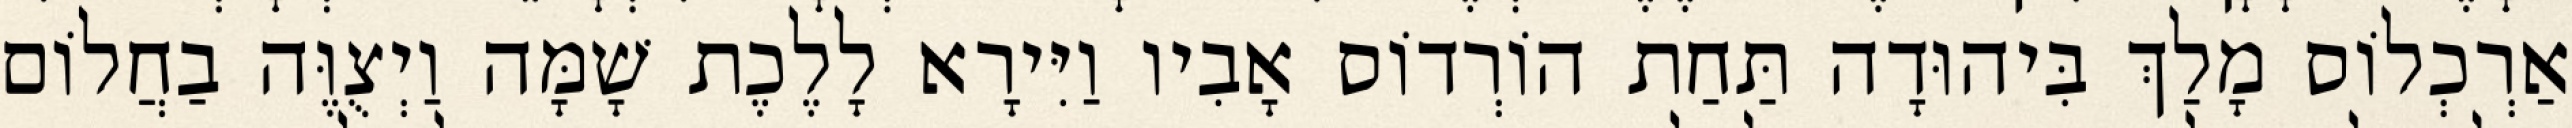
אַרְכְלוֹס מָלַךְ בִּיהוּדָה תַּחַת הוֹרְדוֹס אָבִיו וַיִּירָא לָלֶכֶת שָׁמָּה וַיְצֻוֶּה בַחֲלוֹם